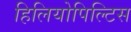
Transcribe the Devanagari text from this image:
हिलियोपिल्टिस